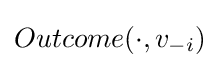
Outcome(\cdot ,v_{-i})